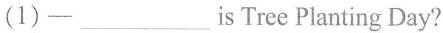
(1)-___is Tree Planting Day?